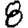
Digit: 8